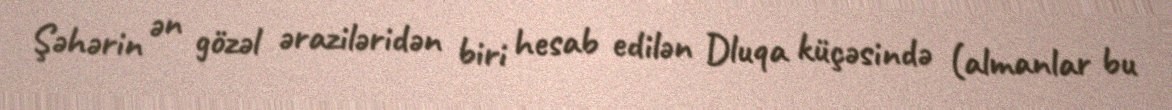
Şəhərin ən gözəl əraziləridən biri hesab edilən Dluqa küçəsində (almanlar bu